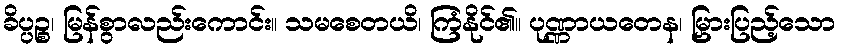
ခိပ္ပဉ္စ၊ မြန်စွာလည်းကောင်း။ သမစေတယိ၊ ကြံနိုင်၏။ ပုဏ္ဏာယတေန၊ မြှားပြည့်သော